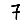
Digit: 7